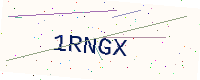
Text: 1RNGX